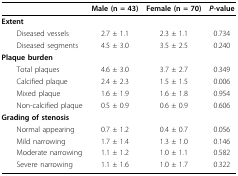
<table><thead><tr><td></td><td><b>Male (n = 43)</b></td><td><b>Female (n = 70)</b></td><td><b><i>P</i>-value</b></td></tr></thead><tbody><tr><td><b>Extent</b></td><td></td><td></td><td></td></tr><tr><td> Diseased vessels</td><td>2.7 ± 1.1</td><td>2.3 ± 1.1</td><td>0.734</td></tr><tr><td> Diseased segments</td><td>4.5 ± 3.0</td><td>3.5 ± 2.5</td><td>0.240</td></tr><tr><td><b>Plaque burden</b></td><td></td><td></td><td></td></tr><tr><td> Total plaques</td><td>4.6 ± 3.0</td><td>3.7 ± 2.7</td><td>0.349</td></tr><tr><td> Calcified plaque</td><td>2.4 ± 2.3</td><td>1.5 ± 1.5</td><td>0.006</td></tr><tr><td> Mixed plaque</td><td>1.6 ± 1.9</td><td>1.6 ± 1.8</td><td>0.954</td></tr><tr><td> Non-calcified plaque</td><td>0.5 ± 0.9</td><td>0.6 ± 0.9</td><td>0.606</td></tr><tr><td><b>Grading of stenosis</b></td><td></td><td></td><td></td></tr><tr><td> Normal appearing</td><td>0.7 ± 1.2</td><td>0.4 ± 0.7</td><td>0.056</td></tr><tr><td> Mild narrowing</td><td>1.7 ± 1.4</td><td>1.3 ± 1.0</td><td>0.146</td></tr><tr><td> Moderate narrowing</td><td>1.1 ± 1.2</td><td>1.0 ± 1.1</td><td>0.582</td></tr><tr><td> Severe narrowing</td><td>1.1 ± 1.6</td><td>1.0 ± 1.7</td><td>0.322</td></tr></tbody></table>